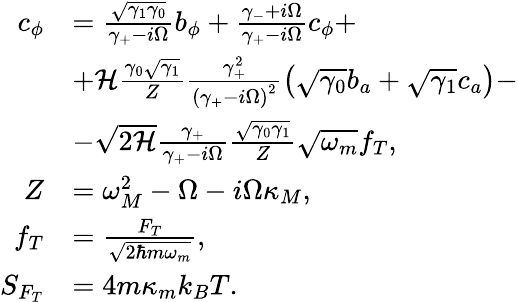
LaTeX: \begin{array}{rl}{c_{\phi}}&{=\frac{\sqrt{\gamma_{1}\gamma_{0}}}{\gamma_{+}-i\Omega}b_{\phi}+\frac{\gamma_{-}+i\Omega}{\gamma_{+}-i\Omega}c_{\phi}+}\\ &{+\mathcal{H}\frac{\gamma_{0}\sqrt{\gamma_{1}}}{Z}\frac{\gamma_{+}^{2}}{\left(\gamma_{+}-i\Omega\right)^{2}}\left(\sqrt{\gamma_{0}}b_{a}+\sqrt{\gamma_{1}}c_{a}\right)-}\\ &{-\sqrt{2\mathcal{H}}\frac{\gamma_{+}}{\gamma_{+}-i\Omega}\frac{\sqrt{\gamma_{0}\gamma_{1}}}{Z}\sqrt{\omega_{m}}f_{T},}\\ {Z}&{=\omega_{M}^{2}-\Omega-i\Omega\kappa_{M},}\\ {f_{T}}&{=\frac{F_{T}}{\sqrt{2\hbar m\omega_{m}}},}\\ {S_{F_{T}}}&{=4m\kappa_{m}k_{B}T.}\end{array}